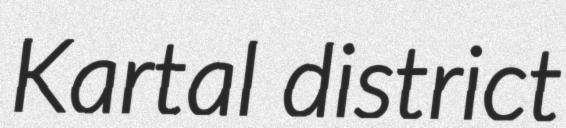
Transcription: Kartal district